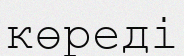
көреді